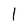
Character: l